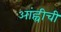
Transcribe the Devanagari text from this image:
आंह्वीची